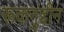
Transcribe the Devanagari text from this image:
रूकनुद्दीन